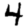
Digit: 4